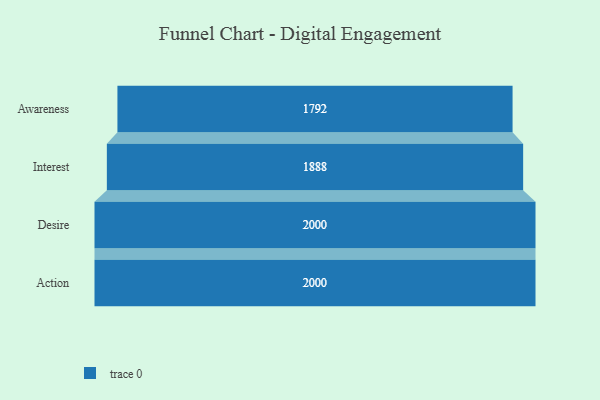
{"axis": {"x": "Stage", "y": "Value"}, "legend": [""], "data": [{"x": "Awareness", "y": 1792.0, "type": ""}, {"x": "Interest", "y": 1888.0, "type": ""}, {"x": "Desire", "y": 2000, "type": ""}, {"x": "Action", "y": 2000, "type": ""}]}